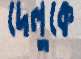
দেলুকে